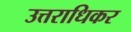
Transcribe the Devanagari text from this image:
उत्तराधिकर